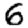
Digit: 6